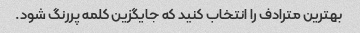
بهترین مترادف را انتخاب کنید که جایگزین کلمه پررنگ شود.